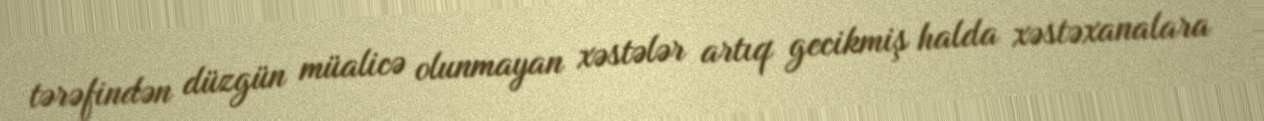
tərəfindən düzgün müalicə olunmayan xəstələr artıq gecikmiş halda xəstəxanalara